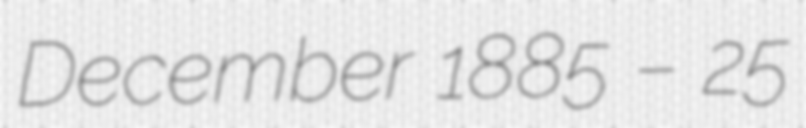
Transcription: December 1885 – 25